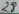
Text: 28